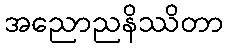
အညောညနိဿိတာ